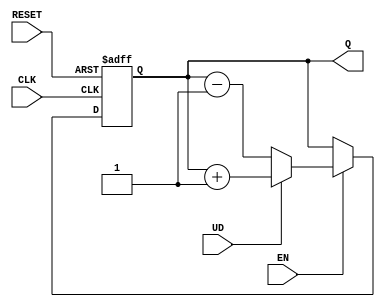
module async_counter (
    input wire CLK,          // Clock input
    input wire RESET,        // Asynchronous reset (active low)
    input wire EN,           // Count enable (active high)
    input wire UD,           // Up/Down control (1 for up, 0 for down)
    output reg [N-1:0] Q     // Counter output (N bits wide)
);
    parameter N = 4;         // Define the bit width (change as necessary)

    // Asynchronous Reset and Counter Logic
    always @(posedge CLK or negedge RESET) begin
        if (!RESET) begin
            Q <= 0;           // Reset counter to zero
        end else if (EN) begin
            if (UD) begin
                Q <= Q + 1;   // Count up
            end else begin
                Q <= Q - 1;   // Count down
            end
        end
    end
endmodule